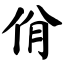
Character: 佾